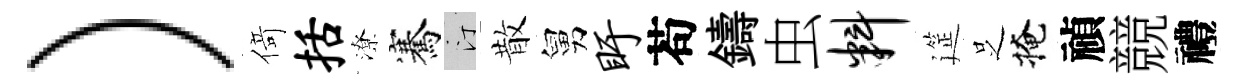
）𠋣括潦騫汀散舅盱苟鑄虫料筵𠯁掩禎競禮